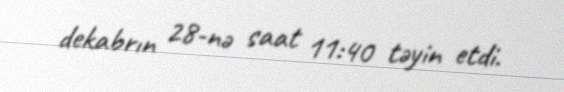
dekabrın 28-nə saat 11:40 təyin etdi.